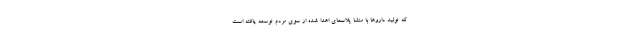
که تولید داروها با منشا پلاسمای اهدا شده از سوی مردم توسعه یافته است